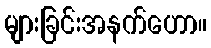
များခြင်းအနက်ဟော။